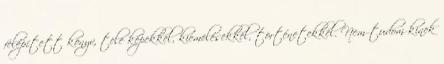
felépített könyv, tele képekkel, kiemelésekkel, történetekkel. Nem tudom kinek